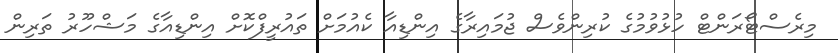
މިރެސްޓޯރަންޓް ހުޅުވުމުގެ ކުރިންވެސް ޖުމައިރާގެ އިންޑިއާ ކެއުމަށް ތައުރީފްކޮށް އިންޑިއާގެ މަޝްހޫރު ތަރިން